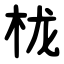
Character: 栊